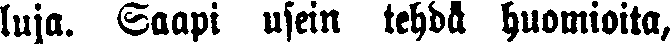
luja. Saapi usein tehdä huomioita,